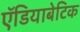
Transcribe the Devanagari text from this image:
ऍडियाबेटिक